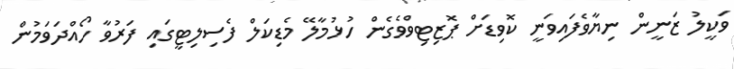
ވަކީލު ޒަނީން ނިޔާވެފައިވަނީ ކޮވިޑަށް ޕޮޒިޓިވްވެގެން ހުޅުމާލޭ މެޑިކަލް ފެސިލިޓީގައި ފަރުވާ ހޯއްދަވަމުން